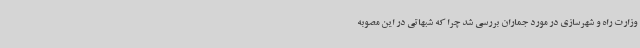
وزارت راه و شهرسازی در مورد جماران بررسی شد چرا که شبهاتی در این مصوبه